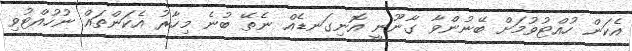
އެކަން ހުއްޓުވުމަށް ބޭނުންވާ ގާނޫނީ އޮނިގަނޑެއް ނެތޭ ބުނެ މިހާރު އެކަންތައް ނުހުއްޓުވި